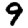
Digit: 9